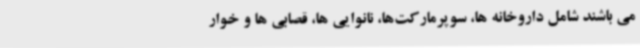
می باشند شامل داروخانه ها، سوپرمارکت‌ها، نانوایی ها، قصابی ها و خوار